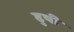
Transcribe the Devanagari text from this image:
ढुषी